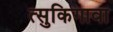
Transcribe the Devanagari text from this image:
त्सुकिगावा